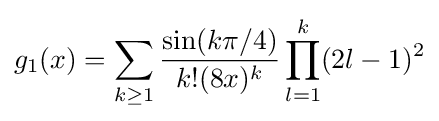
g_{1}(x)=\sum _{k\geq 1}{\frac {\sin(k\pi /4)}{k!(8x)^{k}}}\prod _{l=1}^{k}(2l-1)^{2}